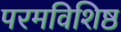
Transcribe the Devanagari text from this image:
परमविशिष्ठ